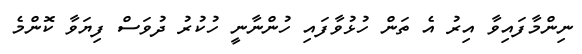
ނިންމާފައިވާ އިރު އެ ތަން ހުޅުވާފައި ހުންނާނީ ހުކުރު ދުވަސް ފިޔަވާ ކޮންމެ